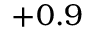
+ 0 . 9